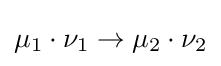
{\textstyle \mu _{1}\cdot \nu _{1}\rightarrow \mu _{2}\cdot \nu _{2}}